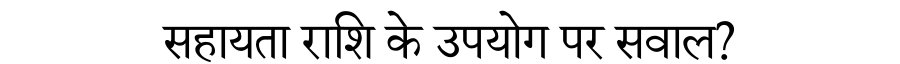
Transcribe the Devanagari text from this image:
सहायता राशि के उपयोग पर सवाल?